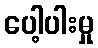
ပေါ့ပါးမှု